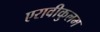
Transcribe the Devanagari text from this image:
एरावीकुलम